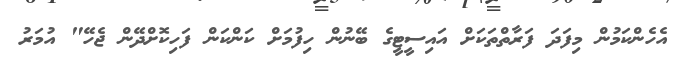
އެހެންކަމުން މިފަދަ ފަރާތްތަކަށް އައިސީޓީގެ ބޭނުން ހިފުމަށް ކަންކަން ފަހިކޮށްދޭން ޖެހޭ" އުމަރު